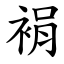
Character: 裐